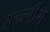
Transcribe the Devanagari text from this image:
अन्ज्लीस